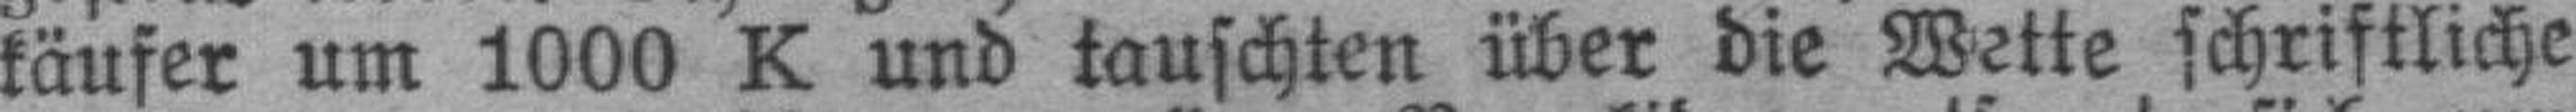
käufer um 1000 K und tauschten über die Wette schriftliche